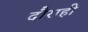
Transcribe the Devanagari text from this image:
दौराही